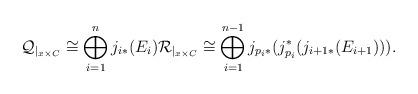
LaTeX: \begin{align*}\mathcal{Q}_{|_{x \times C}} \cong \bigoplus_{i=1}^{n}j_{i*}(E_i) \mathcal{R}_{|_{x \times C}} \cong \bigoplus_{i=1}^{n-1} j_{p_i *}(j_{p_i}^*(j_{i+1 *}(E_{i+1}))).\end{align*}